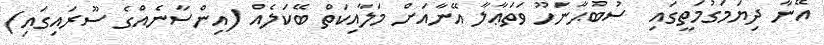
އޭނާ ދިޔަމަގުމަތީގައި  ސުބުޙާނަހޫ ވަތަޢާލާ އޭނާއަށް މަލާއިކަތް ބޭކަލެއް (އިންސާނެއްގެ ސޫރައިގައި)